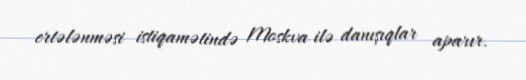
ertələnməsi istiqamətində Moskva ilə danışıqlar aparır.